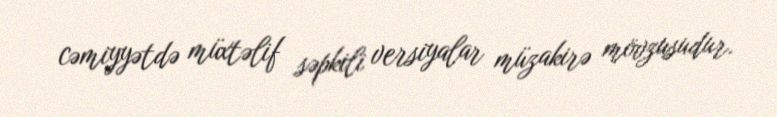
cəmiyyətdə müxtəlif səpkili versiyalar müzakirə mövzusudur.